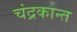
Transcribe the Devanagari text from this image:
चंद्रकान्त